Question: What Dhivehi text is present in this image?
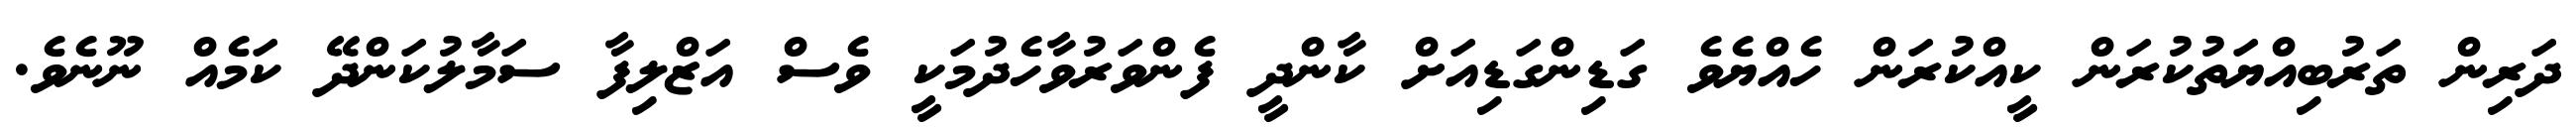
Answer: ދަރިން ތަރުބިއްޔަތުކުރަން ކީއްކުރަން ހެއްޔެވެ ގަޑިންގަޑިއަށް ކާންދީ ފެންވަރުވާހެދުމަކީ ވެސް އަޒްލިފާ ސަމާލުކަންދޭ ކަމެއް ނޫނެވެ.